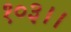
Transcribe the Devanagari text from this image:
१०३।।